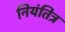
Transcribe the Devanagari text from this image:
नियंतित्र